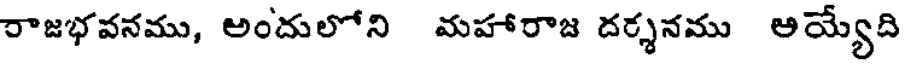
రాజభవనము, అందులోని మహారాజ దర్శనము అయ్యేది